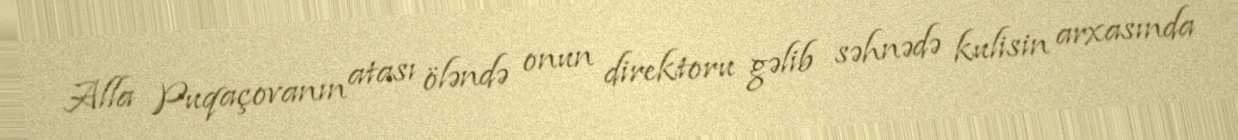
Alla Puqaçovanın atası öləndə onun direktoru gəlib səhnədə kulisin arxasında